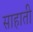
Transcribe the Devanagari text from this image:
साहाती